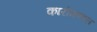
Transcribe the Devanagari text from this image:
कारोमण्डल